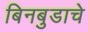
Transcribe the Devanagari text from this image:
बिनबुडाचे